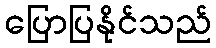
ပြောပြနိုင်သည်